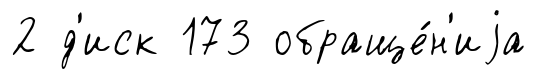
2 д'иск 173 обраще́н'иjа